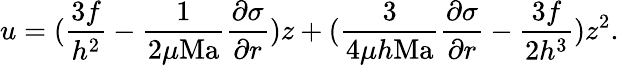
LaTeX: u=(\frac{3f}{h^{2}}-\frac{1}{2\mu\mathrm{Ma}}\frac{\partial\sigma}{\partial r})z+(\frac{3}{4\mu h\mathrm{Ma}}\frac{\partial\sigma}{\partial r}-\frac{3f}{2h^{3}})z^{2}.